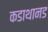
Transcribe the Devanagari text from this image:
कडाथानड